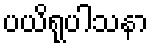
ပယိရုပါသနာ